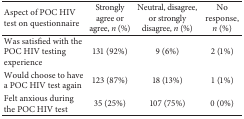
<table><thead><tr><td><b>Aspect of POC HIV test on questionnaire</b></td><td><b>Strongly agree or agree, <i>n</i> (%)</b></td><td><b>Neutral, disagree, or strongly disagree, <i>n</i> (%)</b></td><td><b>No response, <i>n</i> (%)</b></td></tr></thead><tbody><tr><td>Was satisfied with the POC HIV testing experience</td><td>131 (92%)</td><td>9 (6%)</td><td>2 (1%)</td></tr><tr><td>Would choose to have a POC HIV test again</td><td>123 (87%)</td><td>18 (13%)</td><td>1 (1%)</td></tr><tr><td>Felt anxious during the POC HIV test</td><td>35 (25%)</td><td>107 (75%)</td><td>0 (0%)</td></tr></tbody></table>